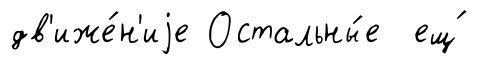
дв'иже́н'иjе Остальны́е ещ́